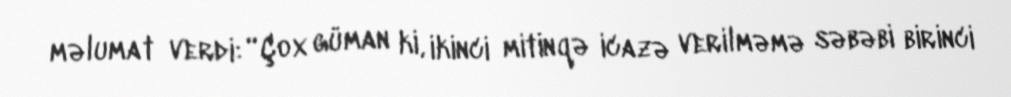
məlumat verdi: “Çox güman ki, ikinci mitinqə icazə verilməmə səbəbi birinci